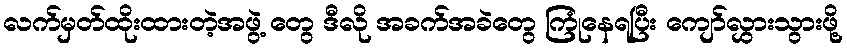
လက်မှတ်ထိုးထားတဲ့အဖွဲ့ တွေ ဒီလို အခက်အခဲတွေ ကြုံနေရပြီး ကျော်လွှားသွားဖို့